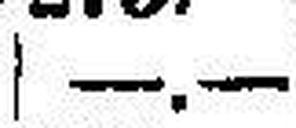
—.—